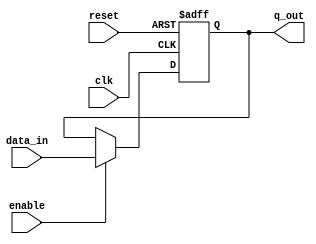
`timescale 1ns / 1ps
//////////////////////////////////////////////////////////////////////////////////
//Programador: Edgar Gutierrez y Oscar Soto
//Curso: Laboratorio de circuitos digitales
//Proyecto: Control de un servomotor
//
//Descripcion: En este modulo se genera un registro universal
//////////////////////////////////////////////////////////////////////////////////
module Registro_Pipeline
#(parameter N = 8) // Se define el parametro de los bits del registro
//Declaracion de senales de entrada y salida
	(
		input wire clk,reset, // Se define el reloj y el reset 
		input wire [N-1:0] data_in, // Se define el dato de entrada
		input wire enable, // El enable solo carga el dato cuando esta en 1
		output wire [N-1:0] q_out // El dato de salida 
    );
//Declaracion de senales utilizadas dentro del modulo
 reg [N-1:0] q_actual ,q_next; // Se definen los valores de q actual y q siguiente
                               // para el proceso en la logica actual y siguente 
// Logica actual dependen del clok 
always@(posedge clk, posedge reset) //Lista sensitiva, responde ante un flanco positivo del clk o reset
	if(reset)
		q_actual <= 0; // Se incializa q
	else
		q_actual <= q_next; // Se actualiza q actual 
// Logica siguiente 		
always@*
   begin
	q_next = q_actual;
	if(enable) // Si el enable esta activado se deja pasar el dato
	   q_next =  data_in; 
	else 
	   q_next = q_actual; // Sino se mantienen las salidas iguales 
	end 
	
assign q_out = q_actual ; // Se asigna a la salida el q actual 
endmodule